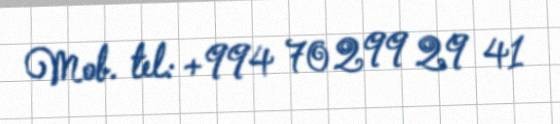
Mob. tel: +994 70 299 29 41